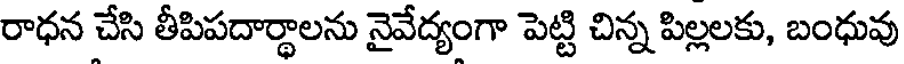
రాధన చేసి తీపిపదార్థాలను నైవేద్యంగా పెట్టి చిన్న పిల్లలకు, బంధువు